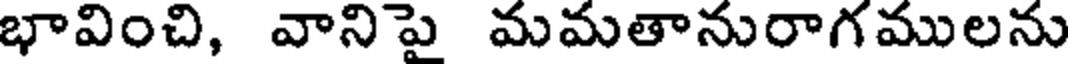
భావించి, వానిపై మమతానురాగములను